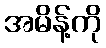
အမိန့်ကို